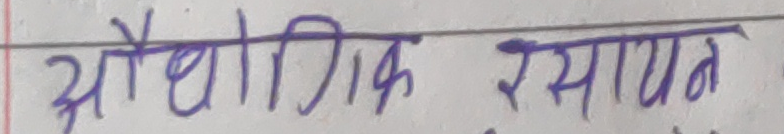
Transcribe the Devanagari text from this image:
औद्योगिक रसायन